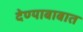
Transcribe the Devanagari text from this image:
देण्याबाबात